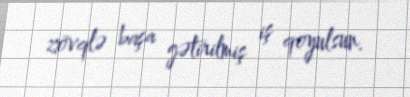
zövqlə başa gətirilmiş iş qoyulsun.